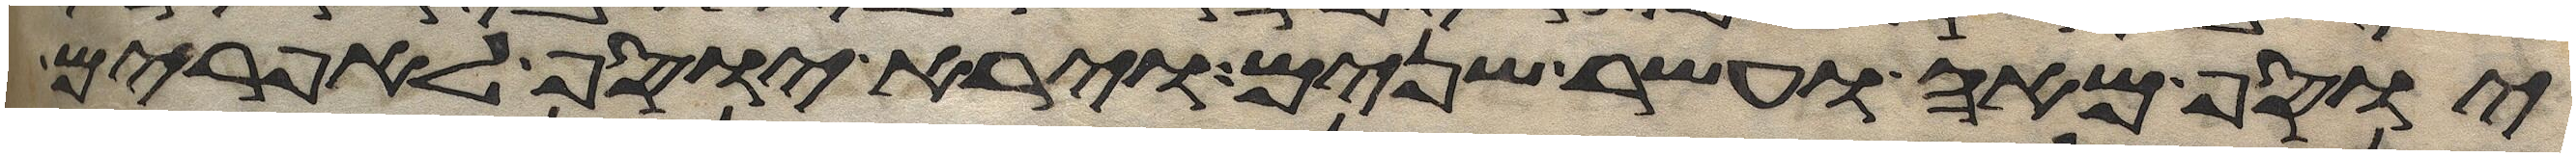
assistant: יוסף מאה ועשר שנים וירא יוסף לאפרים